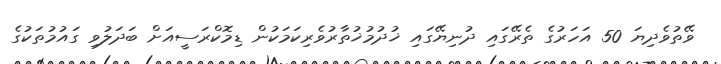
ވޭތުވެދިޔަ 50 އަހަރުގެ ތެރޭގައި ދުނިޔޭގައި ޚުދުމުޚުތާރުވެރިކަމަކުން ޑިމޮކްރަސީއަށް ބަދަލުވި ގައުމުތަކުގެ